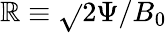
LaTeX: \mathbb{R}\equiv\sqrt{}{{2\Psi/B_{0}}}